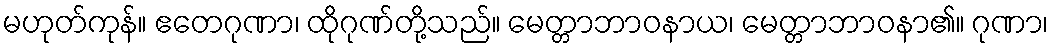
မဟုတ်ကုန်။ ဧတေဂုဏာ၊ ထိုဂုဏ်တို့သည်။ မေတ္တာဘာဝနာယ၊ မေတ္တာဘာဝနာ၏။ ဂုဏာ၊